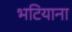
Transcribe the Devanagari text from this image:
भटियाना